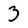
Character: 3